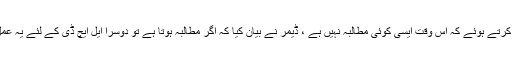
اس بات کی نشاندہی کرتے ہوئے کہ اس وقت ایسی کوئی مطالبہ نہیں ہے ، ڈیمر نے بیان کیا کہ اگر مطالبہ ہوتا ہے تو دوسرا ایل ایچ ڈی کے لئے یہ عمل شروع ہوسکتا ہے۔